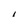
Character: I